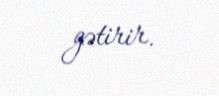
gətirir.